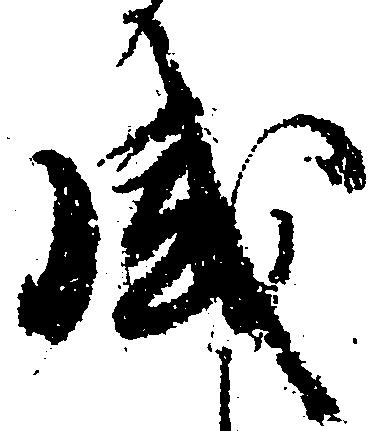
盛